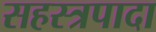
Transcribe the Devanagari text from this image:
सहस्त्रपादा